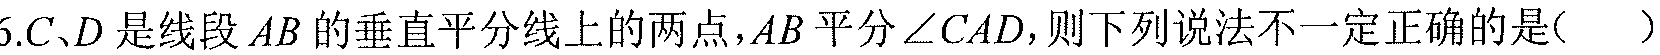
6.$C、D$是线段$AB$的垂直平分线上的两点，$AB$平分$\angle CAD$，则下列说法不一定正确的是( )